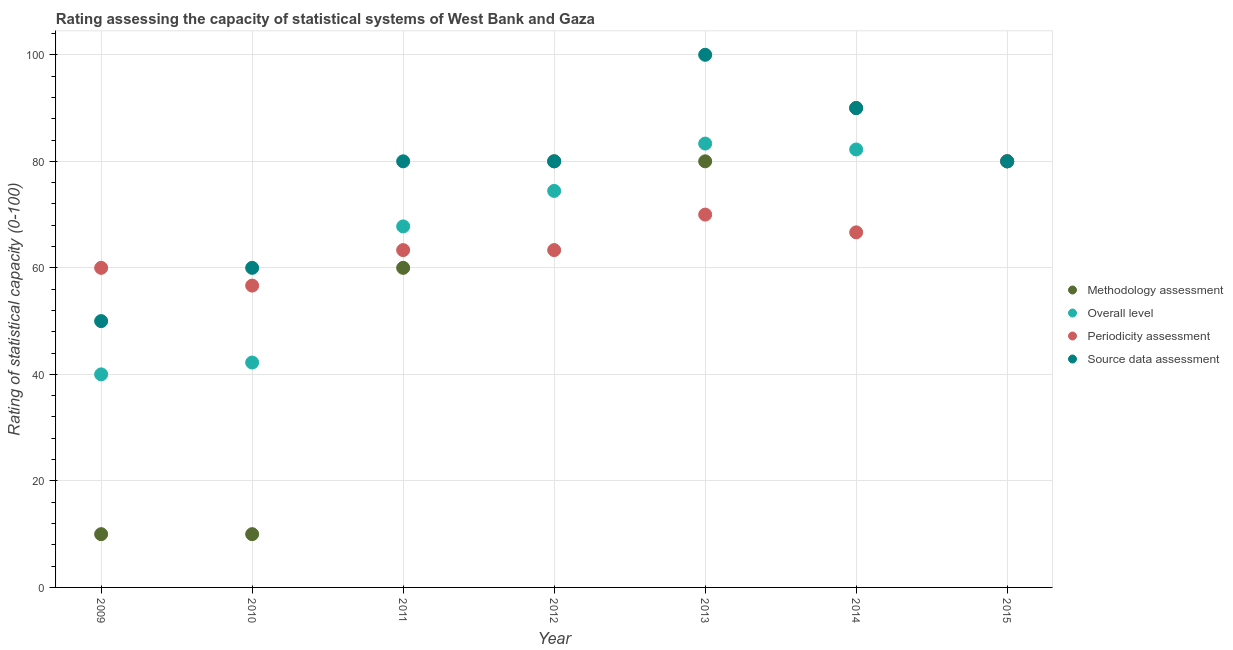
| Year | Methodology assessment | Overall level | Periodicity assessment | Source data assessment |
 | --- | --- | --- | --- | --- |
 | 2009 | 10 | 40 | 60 | 50 |
 | 2010 | 10 | 42.2 | 56.7 | 60 |
 | 2011 | 60 | 67.8 | 63.3 | 80 |
 | 2012 | 80 | 74.4 | 63.3 | 80 |
 | 2013 | 80 | 83.3 | 70 | 100 |
 | 2014 | 90 | 82.2 | 66.7 | 90 |
 | 2015 | 80 | 80 | 80 | 80 |